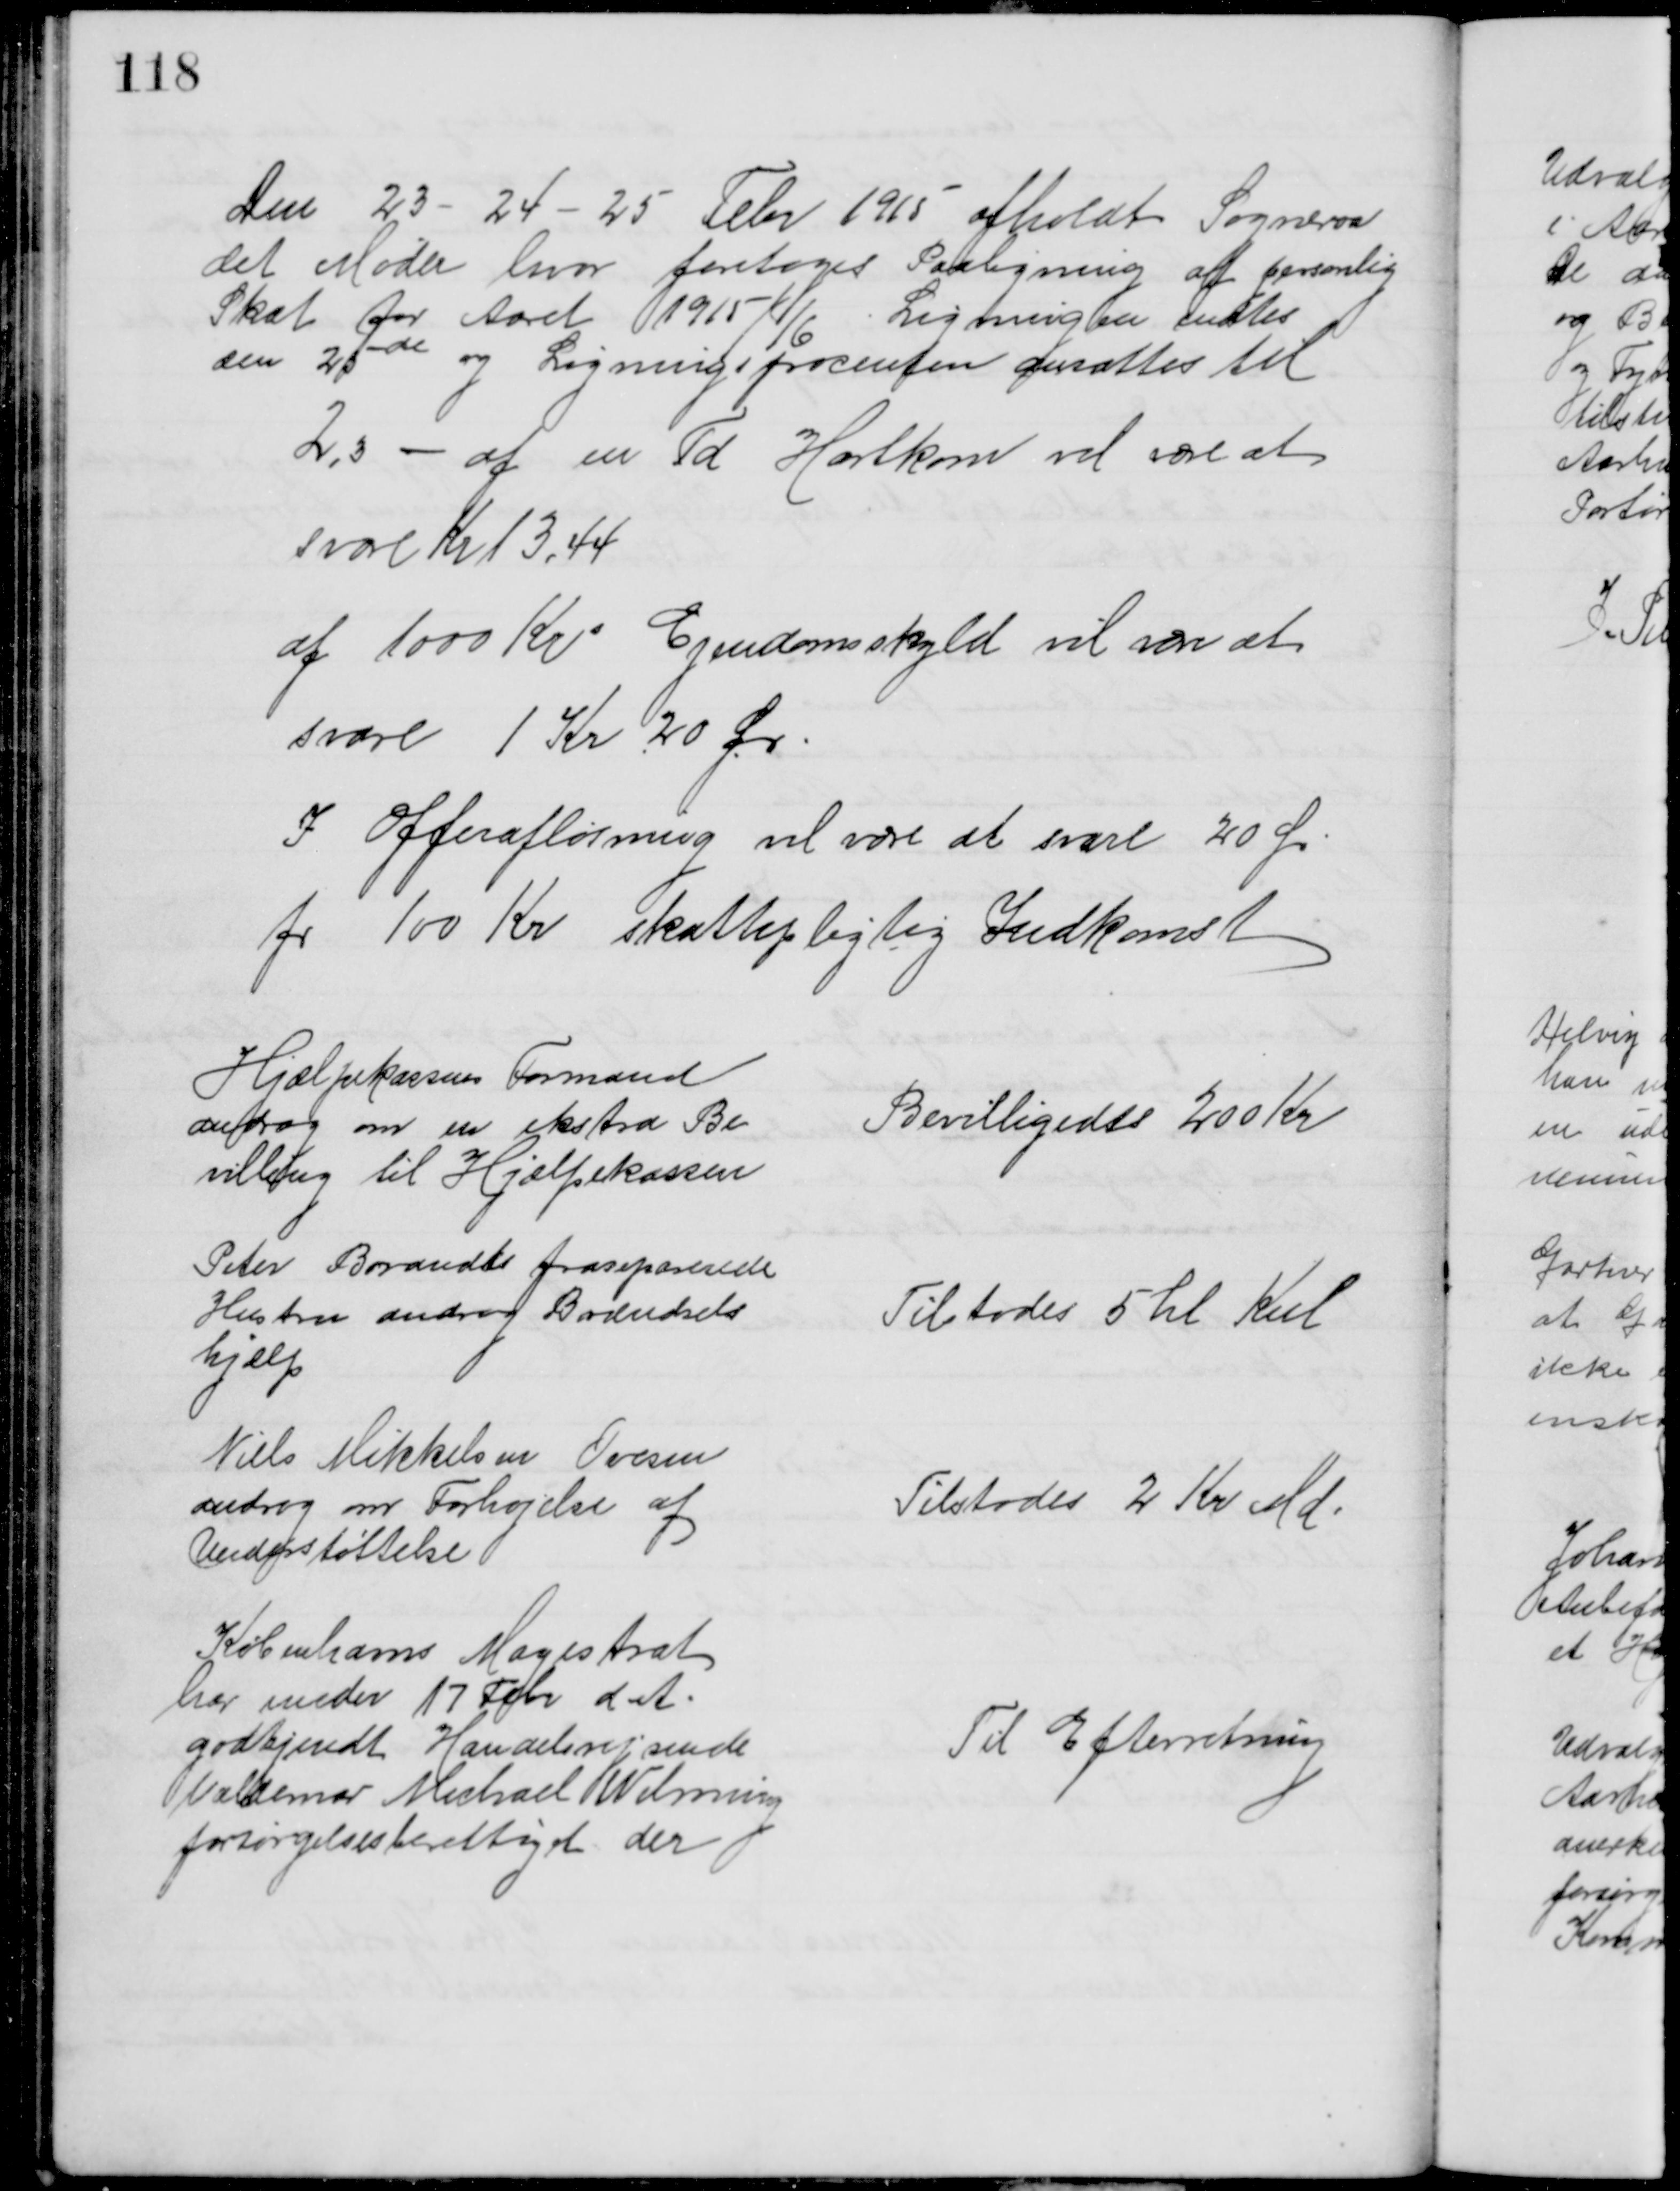
Transskription:
Den 23 - 24 - 25 Febr 1915 afholdt Sogneraad
det Møde hvor foretoges Paaligning af personlig
Skat for Aaret 1915/16. Ligningen endtes
den 25de og Ligningsprocenten ansattes til
2,3 - af en Td Hartkorn vil være at 
svare Kr 13,44
af 1000 Kr Ejendomsskyld vil være at
svare 1 Kr 20 Ør.
I Offerafløsning vil være at svare 20 Ør
pr 100 Kr skattepligtig Indkomst
Hjælpekassens Formand
androg om en ekstra Be
villing til Hjælpekassen
Bevilligedes 200 Kr
Peter Brandts fraseparerede
Hustru androg Brændsels
hjælp
Tilstodes 5 hl Kul
Niels Mikkelsen Ovesen
androg om Forhøjelse af 
Understøttelse
Tilstodes 2 Kr Md.
Københavns Magistrat
har under 17 Febr d. A.
godkjendt Handelsrejsende
Valdemar Michael Wilming
forsørgelsesberettiget der
Til Efterretning